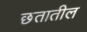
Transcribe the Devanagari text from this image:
छतातील